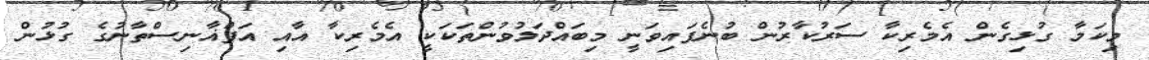
މިކަމާ ގުޅިގެން އެމެރިކާ ސަރުކާރުން ބުނެފައިވަނީ މިބައްދަލުވުންތަކަކީ އެމެރިކާ އާއި އަފްޣާނިސްތާނުގެ ގުޅުން